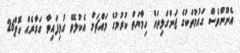
އެނޫންވެސް ގައުމުތަކުގެ ޖަންގަލިތައް ހިމާޔަތް ކުރުމުގެ މައްޗަށް އެކުލެވޭ ގުޅިފައިވާ ގަރާރެއް ކޮޕް26